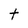
Character: t